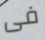
فى